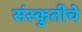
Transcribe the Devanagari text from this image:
संस्कुतीचे